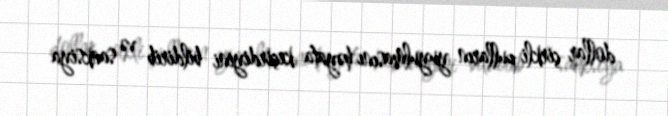
dollar çirkli pulların yuyulmasını həyata keçirdiyini bildirib və sanksiya